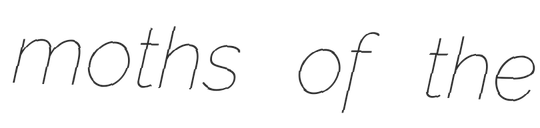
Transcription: moths of the